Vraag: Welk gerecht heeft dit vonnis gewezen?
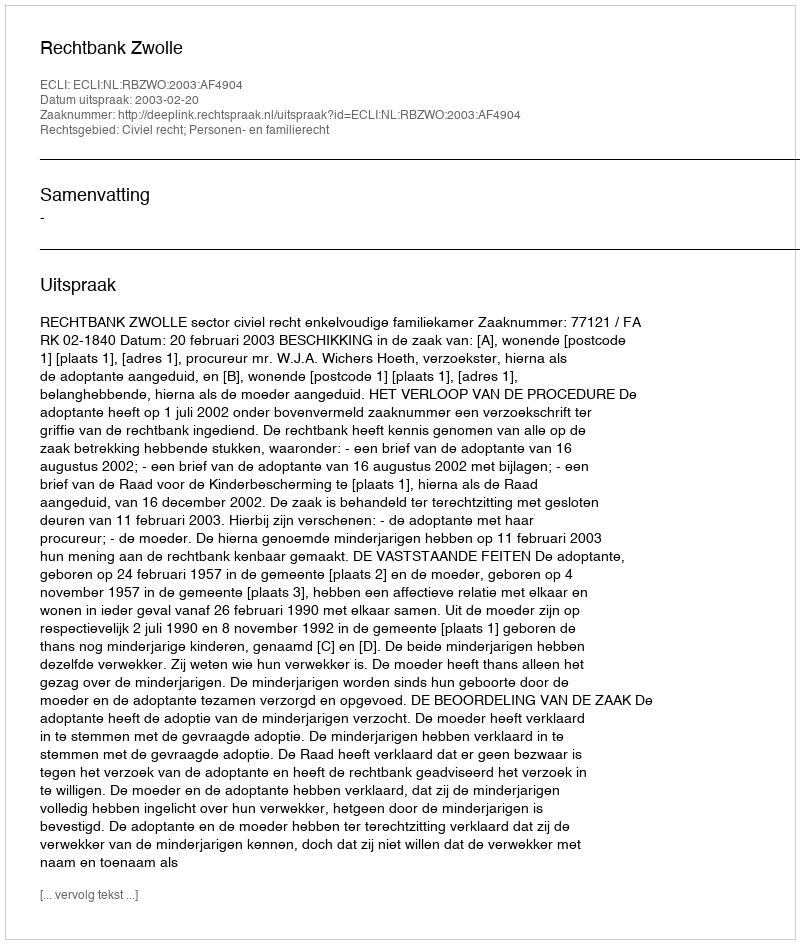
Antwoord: Rechtbank Zwolle